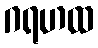
ဂရဟထ